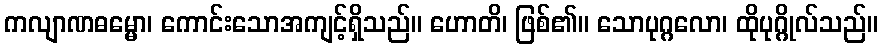
ကလျာဏဓမ္မော၊ ကောင်းသောအကျင့်ရှိသည်။ ဟောတိ၊ ဖြစ်၏။ သောပုဂ္ဂလော၊ ထိုပုဂ္ဂိုလ်သည်။